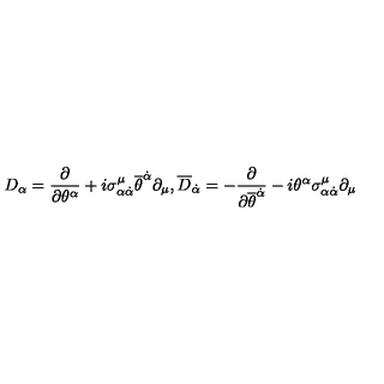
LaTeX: D _ { \alpha } = \frac { \partial } { \partial \theta ^ { \alpha } } + i \sigma _ { \alpha { \dot { \alpha } } } ^ { \mu } { \overline { \theta } } ^ { \dot { \alpha } } \partial _ { \mu } , { \overline { D } } _ { \dot { \alpha } } = - \frac { \partial } { \partial { \overline { \theta } } ^ { \dot { \alpha } } } - i \theta ^ { \alpha } \sigma _ { \alpha { \dot { \alpha } } } ^ { \mu } \partial _ { \mu }